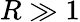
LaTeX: R\gg 1